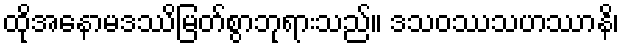
ထိုအနောမဒဿိမြတ်စွာဘုရားသည်။ ဒသဝဿသဟဿာနိ၊